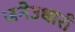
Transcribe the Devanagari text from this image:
जनेउधारी